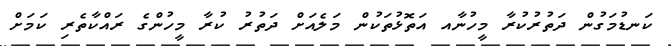
ކަނޑުމަގުން ދަތުރުކުރާ މީހުނާއ އަތޮޅުތަކުން މަލެއަށް ދަތުރު ކުރާ މީހުންގެ ރައްކާތެރި ކަމަށް